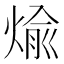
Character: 𪹊